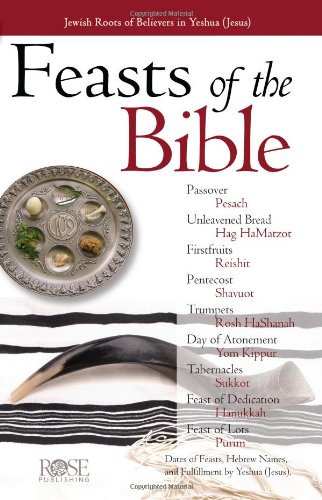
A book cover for Feasts of the Bible pamphlet (Feasts and Holidays of the Bible pamphlet); Rose Publishing; Christian Books & Bibles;